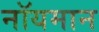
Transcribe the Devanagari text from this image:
नॉयमान